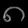
Digit: ၈